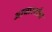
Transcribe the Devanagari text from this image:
आचारशौच